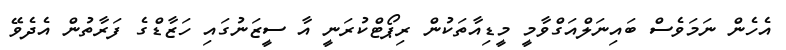
އެހެން ނަމަވެސް ބައިނަލްއަގްވާމީ މީޑިއާތަކުން ރިޕޯޓްކުރަނީ އާ ސީޒަނުގައި ހަޒާޑްގެ ފަރާތުން އެދެވޭ